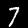
Digit: 7